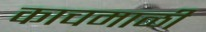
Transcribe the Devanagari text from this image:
काचमाळी